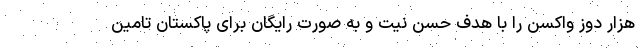
هزار دوز واکسن را با هدف حسن نیت و به صورت رایگان برای پاکستان تامین